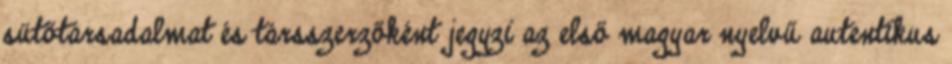
sütőtársadalmat és társszerzőként jegyzi az első magyar nyelvű autentikus